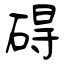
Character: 碍